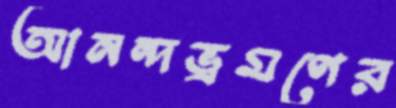
আনন্দভ্রমণের